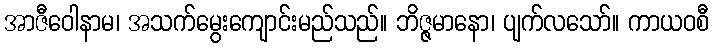
အာဇီဝေါနာမ၊ အသက်မွေးကျောင်းမည်သည်။ ဘိဇ္ဇမာနော၊ ပျက်လသော်။ ကာယဝစီ